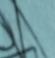
Signature authenticity: forged